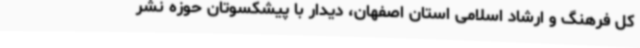
کل فرهنگ و ارشاد اسلامی استان اصفهان، دیدار با پیشکسوتان حوزه نشر